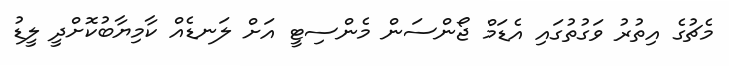
މެޗުގެ އިތުރު ވަގުތުގައި އެޑަމް ޖޯންސަން މެންސިޓީ އަށް ލަނޑެއް ކާމިޔާބުކޮށްދީ ލީޑު